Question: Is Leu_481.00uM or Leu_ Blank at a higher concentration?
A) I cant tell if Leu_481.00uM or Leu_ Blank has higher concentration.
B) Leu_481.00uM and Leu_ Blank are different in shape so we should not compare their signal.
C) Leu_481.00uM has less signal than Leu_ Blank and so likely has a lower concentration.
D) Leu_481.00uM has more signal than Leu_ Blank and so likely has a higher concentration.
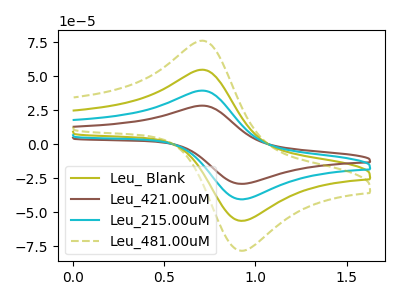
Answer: <think>The olive curve "Leu_ Blank" has an anodic peak at (0.70V, 54.75uA) and a cathodic peak at (0.95V, -56.30uA). The brown curve "Leu_421.00uM" has an anodic peak at (0.70V, 164.30uA) and a cathodic peak at (0.95V, -168.95uA). The cyan curve "Leu_215.00uM" has an anodic peak at (0.70V, 109.55uA) and a cathodic peak at (0.95V, -112.65uA). The olive dashed curve "Leu_481.00uM" has an anodic peak at (0.70V, 76.10uA) and a cathodic peak at (0.95V, -78.30uA).
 All the peaks in "Leu_481.00uM" have a peak in "Leu_ Blank" at the same potential. Every peak in "Leu_481.00uM" is higher than every peak in "Leu_ Blank".</think>
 <answer>D) "Leu_481.00uM" has more signal than "Leu_ Blank" and so likely has a higher concentration.</answer>
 <eval>D</eval>